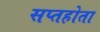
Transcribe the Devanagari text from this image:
सप्तहोता